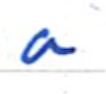
Text: a
Cross-out: clean
Writing tool: ballpoint